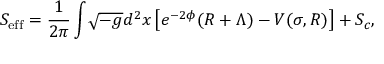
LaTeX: S _ { \mathrm { e f f } } = \frac { 1 } { 2 \pi } \int \! \sqrt { - g } d ^ { 2 } x \left[ e ^ { - 2 \phi } ( R + \Lambda ) - V ( \sigma , R ) \right] + S _ { c } ,